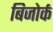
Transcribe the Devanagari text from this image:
बिजोर्क